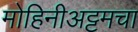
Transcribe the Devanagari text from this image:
मोहिनीअट्टमचा